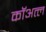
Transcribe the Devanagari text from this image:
कॉअत्ल